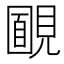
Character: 𧡻